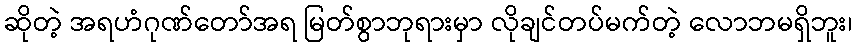
ဆိုတဲ့ အရဟံဂုဏ်တော်အရ မြတ်စွာဘုရားမှာ လိုချင်တပ်မက်တဲ့ လောဘမရှိဘူး၊